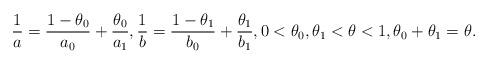
LaTeX: \begin{align*}\frac{1}{a} = \frac{1-\theta_0}{a_0} + \frac{\theta_0}{a_1}, \frac{1}{b} = \frac{1-\theta_1}{b_0} + \frac{\theta_1}{b_1}, 0<\theta_0,\theta_1<\theta<1, \theta_0 + \theta_1 = \theta.\end{align*}